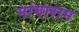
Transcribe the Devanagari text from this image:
मांगाराम